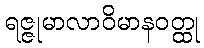
ရဇ္ဇုမာလာဝိမာနဝတ္ထု